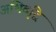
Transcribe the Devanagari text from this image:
अभिवृद्वि